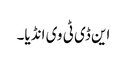
این ڈی ٹی وی انڈیا۔